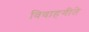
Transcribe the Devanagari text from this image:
विवाहगीते